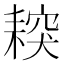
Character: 𦔅